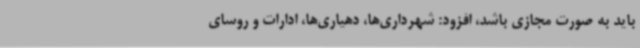
باید به صورت مجازی باشد، افزود: شهرداری‌ها، دهیاری‌ها، ادارات و روسای